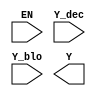
`timescale 1ns / 1ps
//////////////////////////////////////////////////////////////////////////////////
// Company: 
// Engineer: 
// 
// Design Name: 
// Module Name: row_decoder_top
// Project Name: 
// Target Devices: 
// Tool Versions: 
// Description: 
// 
// Dependencies: 
// 
// Revision:
// Revision 0.01 - File Created
// Additional Comments:
// 
//////////////////////////////////////////////////////////////////////////////////


module row_decoder_top(EN,Y_dec,Y_blo,Y);
parameter SIZE=0;
input wire EN;
input wire [63:0]Y_dec;
input wire [SIZE-1:0]Y_blo; //Esto va a variar entre 2 o 4 entradas
output wire [SIZE*64-1:0]Y;

genvar i;
for(i=0;i<SIZE;i=i+1)begin
    row_decoder inst_row_decoder(.EN(EN),.Y_dec(Y_dec),.Y_blo(Y_blo[i]),.Y(Y[64*(i+1)-1:64*i]));
end

endmodule